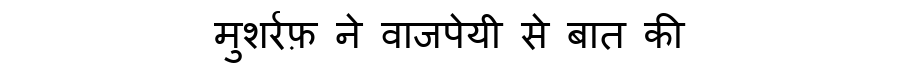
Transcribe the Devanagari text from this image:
मुशर्रफ़ ने वाजपेयी से बात की